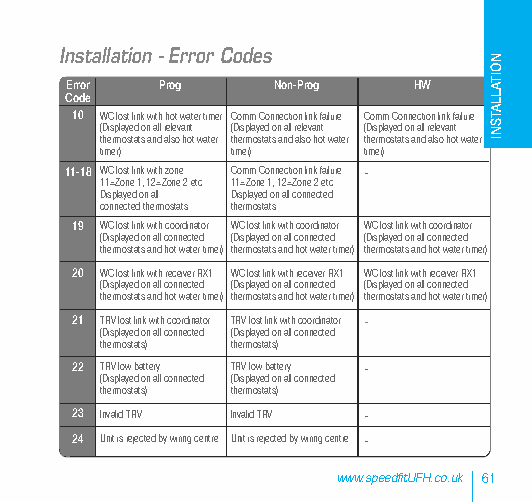
Installation - Error Codes
 Error  Prog   Non-Prog HW
 Code
 10 WC lost link with hot water timer Comm Connection link failure Comm Connection link failure
 (Displayed on all relevant (Displayed on all relevant (Displayed on all relevant
 thermostats and also hot water thermostats and also hot water thermostats and also hot water
 timer)  timer)   timer)
 11-18 WC lost link with zone Comm Connection link failure -
 11=Zone 1, 12=Zone 2 etc 11=Zone 1, 12=Zone 2 etc
 Displayed on all Displayed on all connected
 connected thermostats thermostats
 19 WC lost link with coordinator WC lost link with coordinator WC lost link with coordinator
 (Displayed on all connected (Displayed on all connected (Displayed on all connected
 thermostats and hot water timer) thermostats and hot water timer) thermostats and hot water timer)
 20 WC lost link with receiver RX1 WC lost link with receiver RX1 WC lost link with receiver RX1
 (Displayed on all connected (Displayed on all connected (Displayed on all connected
 thermostats and hot water timer) thermostats and hot water timer) thermostats and hot water timer)
 21 TRV lost link with coordinator TRV lost link with coordinator -
 (Displayed on all connected (Displayed on all connected
 thermostats) thermostats)
 22 TRV low battery TRV low battery -
 (Displayed on all connected (Displayed on all connected
 thermostats) thermostats)
 23 Invalid TRV Invalid TRV -
 24 Unit is rejected by wiring centre Unit is rejected by wiring centre -
 www.speedfitUFH.co.uk 61
 NOITALLATSNI